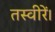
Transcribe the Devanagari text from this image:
तस्वीरें।